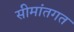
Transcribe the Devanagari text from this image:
सीमांतगत